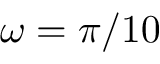
\omega = \pi / 1 0